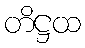
တိဋ္ဌထ